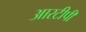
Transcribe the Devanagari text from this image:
आरटीपी